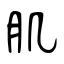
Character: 肌